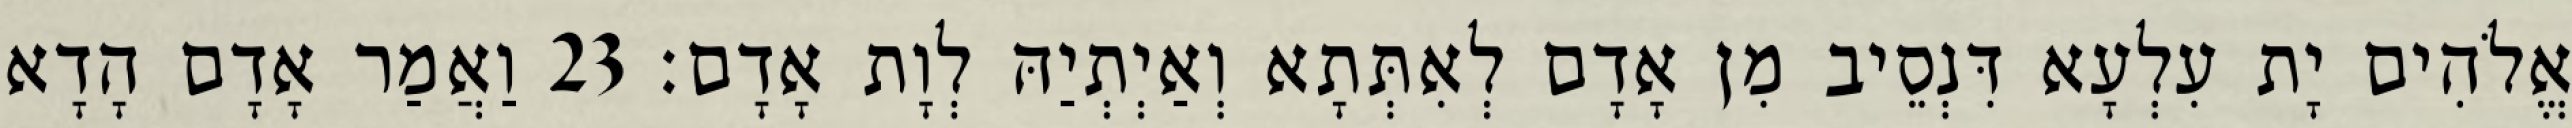
אֱלֹהִים יָת עִלְעָא דִּנְסֵיב מִן אָדָם לְאִתְּתָא וְאַיְתְיַהּ לְוָת אָדָם׃ 23 וַאֲמַר אָדָם הָדָא